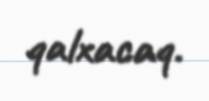
qalxacaq.